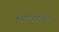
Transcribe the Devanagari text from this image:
भगवंताशी